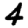
Digit: 4